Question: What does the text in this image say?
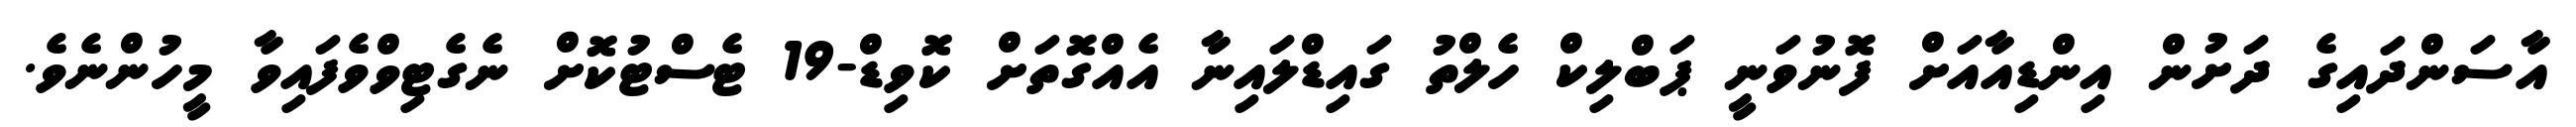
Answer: އާސަންދައިގެ ދަށުން އިންޑިއާއަށް ފޮނުވަނީ ޕަބްލިކް ހެލްތު ގައިޑްލައިނާ އެއްގޮތަށް ކޮވިޑް-19 ޓެސްޓުކޮށް ނެގެޓިވްވެފައިވާ މީހުންނެވެ.